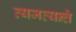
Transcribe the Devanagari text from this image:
त्यजत्यन्ते